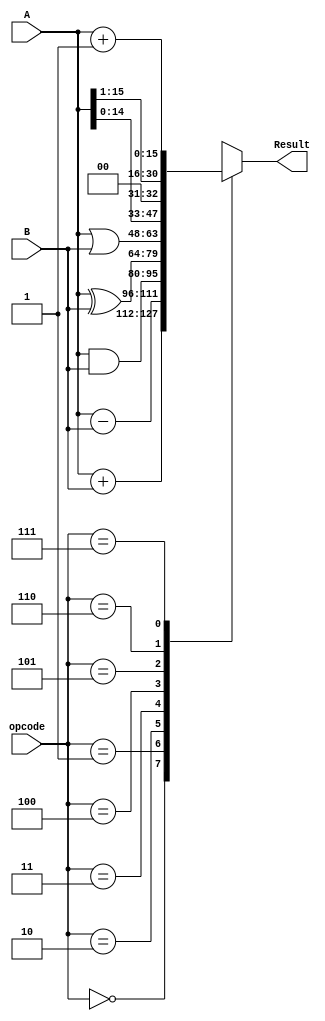
module ALU2(Result,opcode,A,B);
output[15:0] Result;
input [15:0] A,B;
input [2:0] opcode;
reg [15:0] Result;
always @ (opcode)
 case (opcode)
 3'd0: Result <= A+B;
 3'd1: Result <= A-B;
 3'd2: Result <= A&B;
 3'd3: Result <= A^B;
 3'd4: Result <= A|B;
 3'd5: Result <= A<<1;
 3'd6: Result <= A>>1;
 3'd7: Result <= A+1;
 default: Result <= 16'd0;
 
endcase
endmodule